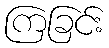
ကြခြင်း